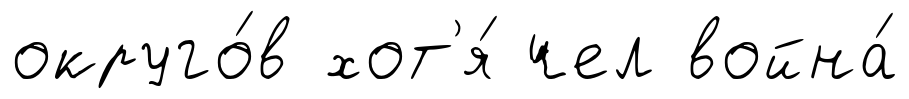
округо́в хот'я́ чел война́